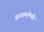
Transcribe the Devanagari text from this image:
जनगणनेपर्यंत